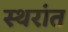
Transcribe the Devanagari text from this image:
स्थरांत